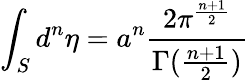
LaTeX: \int_{S}{d^{n}}{\eta}=a^{n}\frac{2\pi^{\frac{n+1}{2}}}{\Gamma(\frac{n+1}{2})}